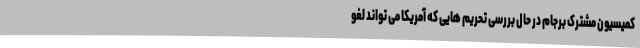
کمیسیون مشترک برجام در حال بررسی تحریم هایی که آمریکا می تواند لغو